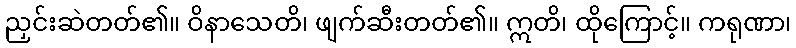
ညှင်းဆဲတတ်၏။ ဝိနာသေတိ၊ ဖျက်ဆီးတတ်၏။ ဣတိ၊ ထိုကြောင့်။ ကရုဏာ၊